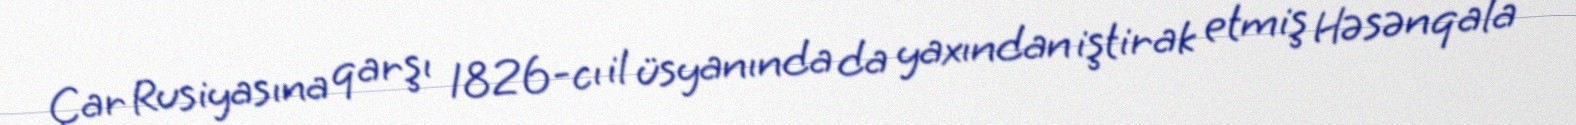
Çar Rusiyasına qarşı 1826-cı il üsyanında da yaxından iştirak etmiş Həsənqala